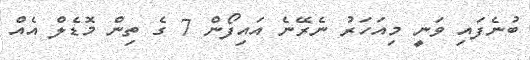
ބުނެފައި ވަނީ މިއަހަރު ނެރޭނެ އައިފޯން 7 ގެ ތިން މޮޑެލް އެއް